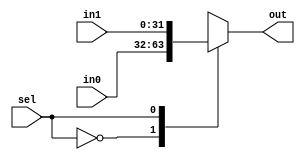
module mux2(in0, in1, out, sel);
input [31:0] in0, in1;
input sel;
output [31:0] out;

reg [31:0] out;

always @(*) begin
	case(sel)
		1'b0: out <= in0;
		1'b1: out <= in1;
	endcase
end

initial
	out <= 32'd0;

endmodule